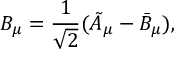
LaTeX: B _ { \mu } = \frac { 1 } { \sqrt { 2 } } ( \tilde { A } _ { \mu } - \bar { B } _ { \mu } ) ,